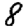
Digit: 8